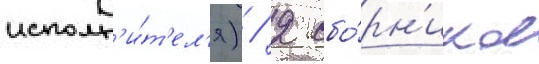
исполн'и́т'ел'я) / 2 сбо́рн'иков